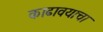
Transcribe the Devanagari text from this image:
काढावयाचा